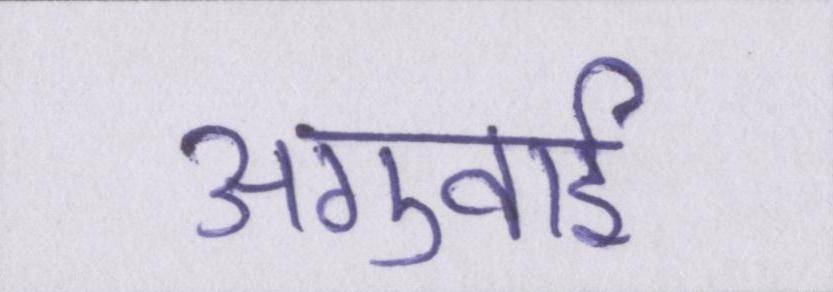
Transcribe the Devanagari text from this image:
अगुवाई